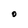
Character: O